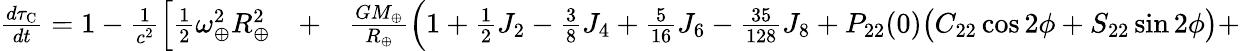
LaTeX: \begin{array}{rlr}{\frac{d\tau_{\mathrm{C}}}{dt}=1-\frac{1}{c^{2}}\Big[{\textstyle\frac{1}{2}}\omega_{\oplus}^{2}R_{\oplus}^{2}}&{{}+}&{\frac{GM_{\oplus}}{R_{\oplus}}\Big(1+{\textstyle\frac{1}{2}}J_{2}-{\textstyle\frac{3}{8}}J_{4}+{\textstyle\frac{5}{16}}J_{6}-{\textstyle\frac{35}{128}}J_{8}+P_{22}(0)\big(C_{22}\cos 2\phi+S_{22}\sin 2\phi\big)+}\end{array}